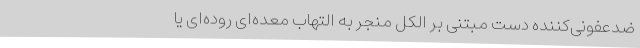
ضدعفونی‌کننده دست مبتنی بر الکل منجر به التهاب معده‌ای روده‌ای یا